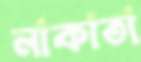
নাকাতা